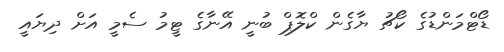
ޑޯޓްމަންޑުގެ ކޯޗު ޔާގެން ކްލޮޕް ބުނީ އޭނާގެ ޓީމު ސެމީ އަށް ދިޔައީ